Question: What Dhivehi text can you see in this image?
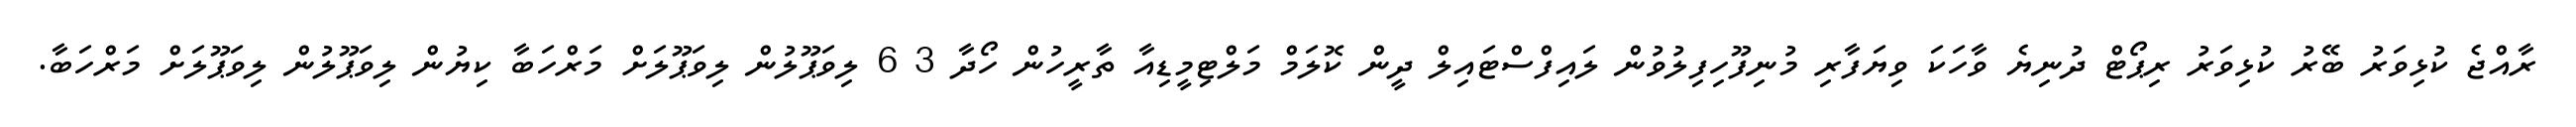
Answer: ރާއްޖެ ކުޅިވަރު ބޭރު ކުޅިވަރު ރިޕޯޓް ދުނިޔެ ވާހަކަ ވިޔަފާރި މުނިފޫހިފިލުވުން ލައިފްސްޓައިލް ދީން ކޮލަމް މަލްޓިމީޑިއާ ތާރީހުން ހޯދާ 3 6 ލިވަޕޫލުން ލިވަޕޫލަށް މަރްހަބާ ކިޔުން ލިވަޕޫލުން ލިވަޕޫލަށް މަރްހަބާ.